Vaccination report Assam 1896-1927 - 1896-1927
Year: 1896
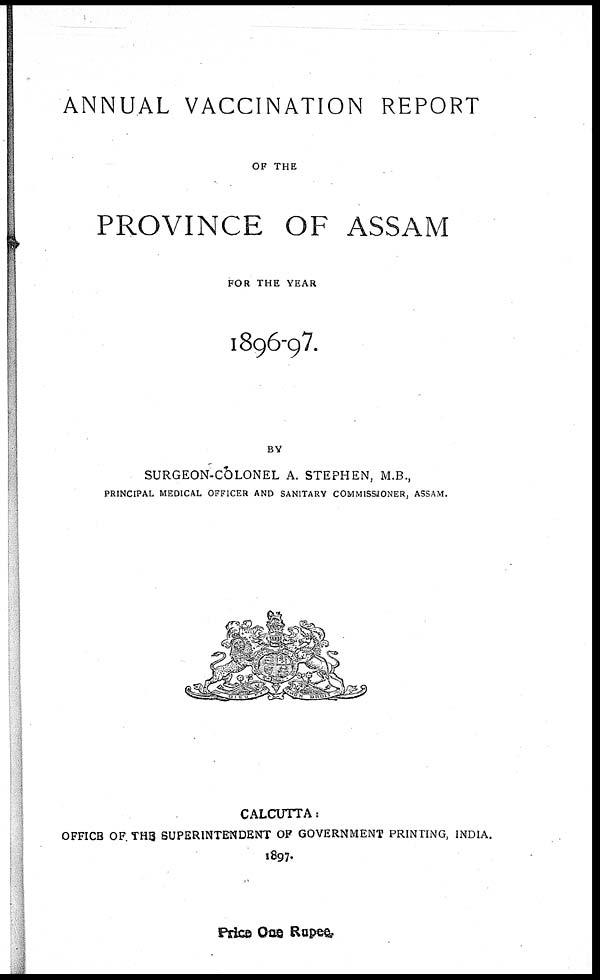
ANNUAL VACCINATION REPORT
OF THE
PROVINCE OF ASSAM
FOR THE YEAR
1896-97.
BY
SURGEON-COLONEL A. STEPHEN, M.B.,
PRINCIPAL MEDICAL OFFICER AND SANITARY COMMISSIONER, ASSAM.
CALCUTTA:
OFFICE OF.THE SUPERINTENDENT OF GOVERNMENT PRINTING, INDIA.
1897.
Price One Rupee.